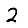
Digit: 2